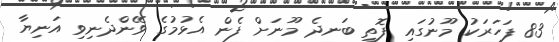
83 ފަހަރަކު މޫނުގައި ފޮތި ބަނދެ މޫނަށް ފެން އެޅުމުގެ ވޭންދެނިވި އަނިޔާ